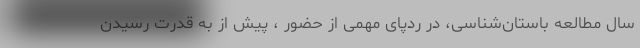
سال مطالعه باستان‌شناسی، در ردپای مهمی از حضور ، پیش از به قدرت رسیدن